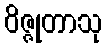
ဝိဇ္ဇုတာသု